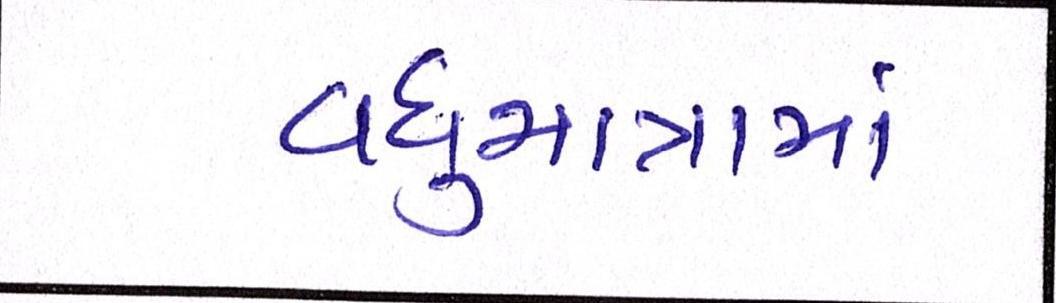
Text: વધુમાત્રામાં